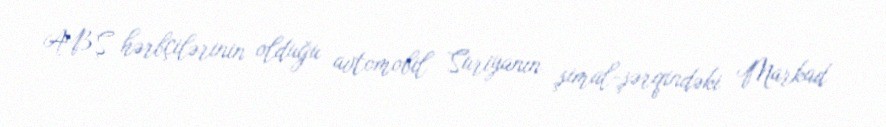
ABŞ hərbçilərinin olduğu avtomobil Suriyanın şimal-şərqindəki Markad